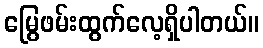
မြွေဖမ်းထွက်လေ့ရှိပါတယ်။